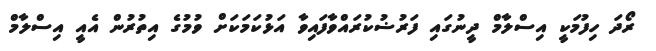
ރޯދަ ހިފުމަކީ އިސްލާމް ދީނުގައި ފަރުޟުކުރައްވާފައިވާ އަޅުކަމަކަށް ވުމުގެ އިތުރުން އެއީ އިސްލާމް